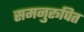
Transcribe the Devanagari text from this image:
समनुरूपित